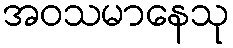
အဝသမာနေသု